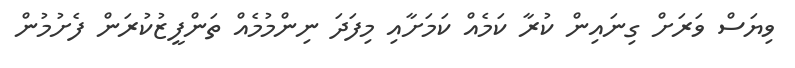
ވިޔަސް ވަރަށް ގިނައިން ކުރާ ކަމެއް ކަމަށާއި މިފަދަ ނިންމުމެއް ތަންފީޒުކުރަން ފެށުމުން